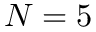
N = 5